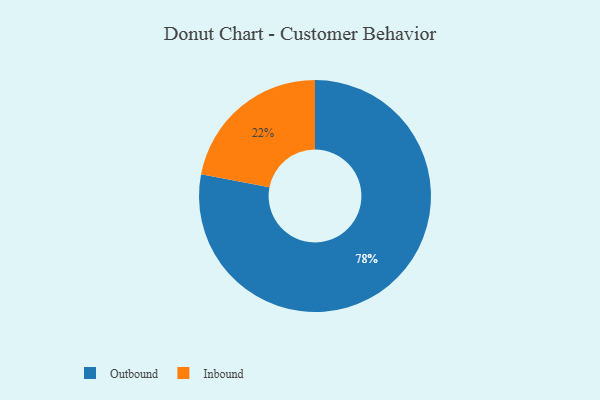
{"axis": {"x": "Category", "y": "Percentage"}, "legend": ["Inbound", "Outbound"], "data": [{"x": "Inbound", "y": 22, "type": "Inbound"}, {"x": "Outbound", "y": 78, "type": "Outbound"}]}